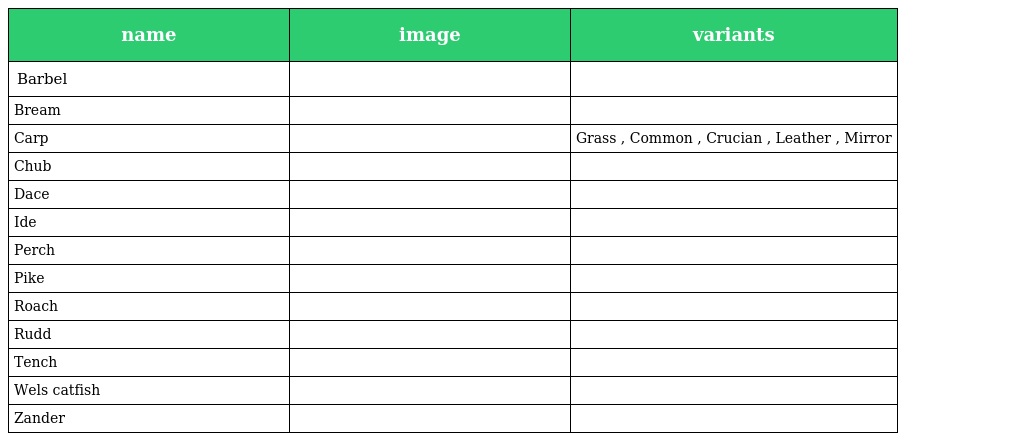
| name | image | variants |
 | --- | --- | --- |
 | Barbel |  |  |
 | Bream |  |  |
 | Carp |  | Grass , Common , Crucian , Leather , Mirror |
 | Chub |  |  |
 | Dace |  |  |
 | Ide |  |  |
 | Perch |  |  |
 | Pike |  |  |
 | Roach |  |  |
 | Rudd |  |  |
 | Tench |  |  |
 | Wels catfish |  |  |
 | Zander |  |  |